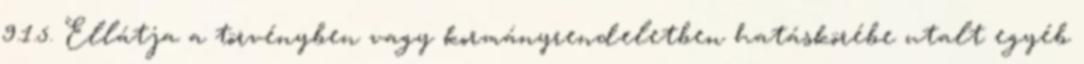
9.1.5. Ellátja a törvényben vagy kormányrendeletben hatáskörébe utalt egyéb